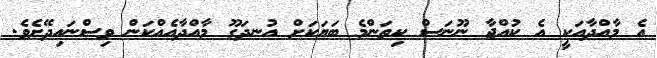
އެ މާއްދާއަކީ އެ ކުއްޖާ ނޫނަސް ކިތަންމެ ބަޔަކަށް އުނދަގޫ މާއްދާއެއްކަން ވިސްނައިދޭށެވެ.